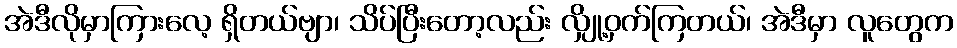
အဲဒီလိုမှာကြားလေ့ ရှိတယ်ဗျာ၊ သိပ်ပြီးတော့လည်း လျှို့ဝှက်ကြတယ်၊ အဲဒီမှာ လူတွေက